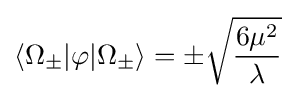
\langle \Omega _{\pm }|\varphi |\Omega _{\pm }\rangle =\pm {\sqrt {\frac {6\mu ^{2}}{\lambda }}}